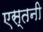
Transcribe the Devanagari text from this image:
एस्तनी